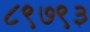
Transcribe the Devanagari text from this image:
८९७९३